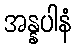
အန္နပါနံ